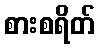
စားစရိတ်